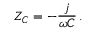
Z _ { C } = - { \frac { j } { \omega C } } \, .